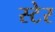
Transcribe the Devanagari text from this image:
स्टेर